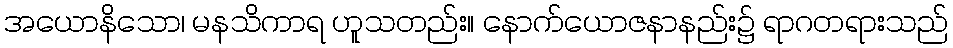
အယောနိသော၊ မနသိကာရ ဟူသတည်း။ နောက်ယောဇနာနည်း၌ ရာဂတရားသည်